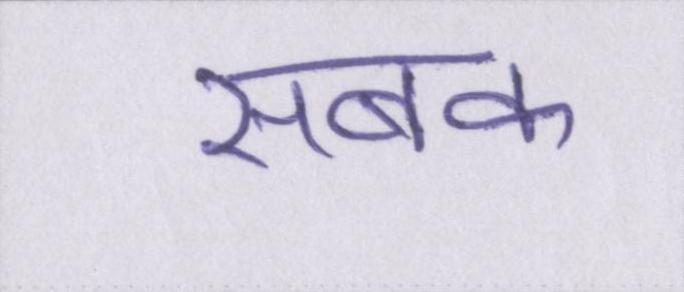
सबक